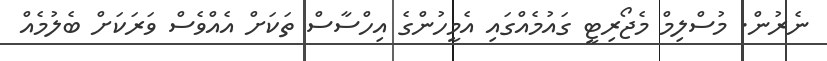
ނެރުން. މުސްލިމް މެޖޯރިޓީ ގައުމެއްގައި އެމީހުންގެ އިހްސާސް ތަކަށް އެއްވެސް ވަރަކަށް ބެލުމެއް